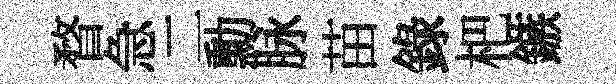
瞀急二勳脉苗錄杷鏃